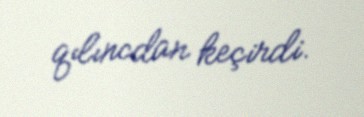
qılıncdan keçirdi.